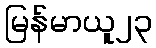
မြန်မာယူ၂၃